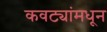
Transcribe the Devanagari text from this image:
कवट्यांमधून